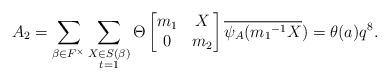
LaTeX: \begin{align*} A_2=\displaystyle \sum_{\beta \in F^{\times}} \sum_{\substack{X\in S(\beta) \\ t=1 }}\Theta \begin{bmatrix} m_1 & X\\0 & m_2\end{bmatrix}\overline{\psi_A({m_1}^{-1}X})=\theta(a)q^8.\end{align*}